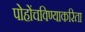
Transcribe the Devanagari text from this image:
पोहोंचविण्याकरिता